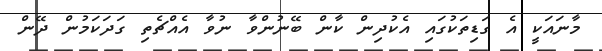
މާނައަކީ އެ ގަޑިތަކުގައި އެކުދިން ކާން ބޭނުންވާ ނުވާ އެއްޗެތި ގަދަކަމުން ދޭން